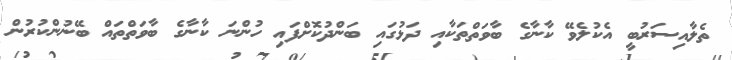
ތެލާއިސަރުބީ އެކުލެވޭ ކާނާގެ ބާވަތްތަކާއި ދަޅުގައި ބަންދުކޮށްފައި ހުންނަ ކާނާގެ ބާވަތްތައް ބޭނުންކުރުން